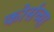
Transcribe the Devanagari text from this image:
कोर्सच्या